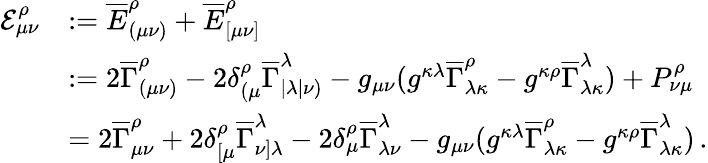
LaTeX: \begin{array}{rl}{\mathcal{E}_{\mu\nu}^{\rho}}&{:=\overline{{E}}_{(\mu\nu)}^{\rho}+\overline{{E}}_{[\mu\nu]}^{\rho}}\\ &{:=2\overline{{\Gamma}}_{(\mu\nu)}^{\rho}-2\delta_{(\mu}^{\rho}\overline{{\Gamma}}_{|\lambda|\nu)}^{\lambda}-g_{\mu\nu}(g^{\kappa\lambda}\overline{{\Gamma}}_{\lambda\kappa}^{\rho}-g^{\kappa\rho}\overline{{\Gamma}}_{\lambda\kappa}^{\lambda})+P^{\rho}_{{\nu\mu}}}\\ &{=2\overline{{\Gamma}}_{{\mu\nu}}^{\rho}+2\delta_{[{\mu}}^{\rho}\overline{{\Gamma}}_{{\nu}]\lambda}^{\lambda}-2\delta_{{\mu}}^{\rho}\overline{{\Gamma}}_{\lambda{\nu}}^{\lambda}-g_{\mu\nu}(g^{\kappa\lambda}\overline{{\Gamma}}_{\lambda\kappa}^{\rho}-g^{\kappa\rho}\overline{{\Gamma}}_{\lambda\kappa}^{\lambda})\, .}\end{array}